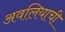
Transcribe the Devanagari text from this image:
अवलियाची